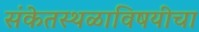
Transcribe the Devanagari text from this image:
संकेतस्थळाविषयीचा